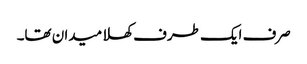
صرف ایک طرف کھلا میدان تھا۔